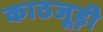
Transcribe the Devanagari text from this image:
काठजूड़ी